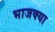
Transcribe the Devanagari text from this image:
भाजक्या